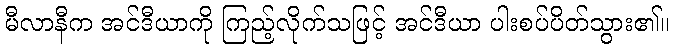
မီလာနီက အင်ဒီယာကို ကြည့်လိုက်သဖြင့် အင်ဒီယာ ပါးစပ်ပိတ်သွား၏။